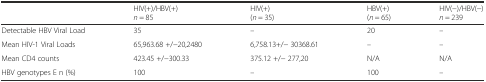
<table><thead><tr><td></td><td><b>HIV(+)/HBV(+) <i>n</i> = 85</b></td><td><b>HIV(+) (<i>n</i> = 35)</b></td><td><b>HBV(+) (<i>n</i> = 65)</b></td><td><b>HIV(−)/HBV(−) <i>n</i> = 239</b></td></tr></thead><tbody><tr><td>Detectable HBV Viral Load</td><td>35</td><td>–</td><td>20</td><td>–</td></tr><tr><td>Mean HIV-1 Viral Loads</td><td>65,963.68 +/−20,2480</td><td>6,758.13+/− 30368.61</td><td>–</td><td>–</td></tr><tr><td>Mean CD4 counts</td><td>423.45 +/−300.33</td><td>375.12 +/− 277,20</td><td>N/A</td><td>N/A</td></tr><tr><td>HBV genotypes E n (%)</td><td>100</td><td>–</td><td>100</td><td>–</td></tr></tbody></table>